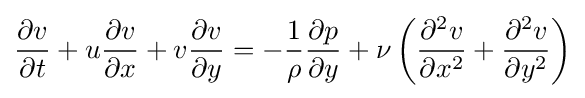
{\frac {\partial v}{\partial t}}+u{\frac {\partial v}{\partial x}}+v{\frac {\partial v}{\partial y}}=-{\frac {1}{\rho }}{\frac {\partial p}{\partial y}}+\nu \left({\frac {\partial ^{2}v}{\partial x^{2}}}+{\frac {\partial ^{2}v}{\partial y^{2}}}\right)